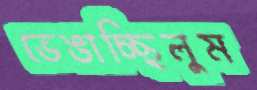
ভেঙাচ্ছিলুম